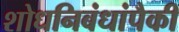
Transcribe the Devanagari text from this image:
शोधनिबंधांपैकी